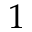
1